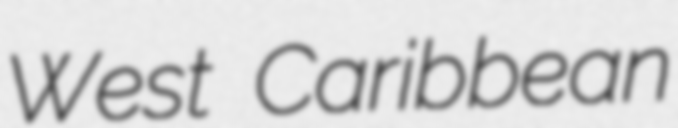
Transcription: West Caribbean